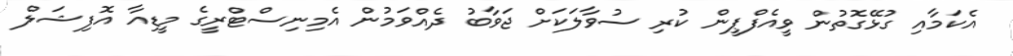
އެކަމާއި ގުޅޭގޮތުން ވީއެފްޕީން ކުރި ސުވާލަކަށް ޖަވާބު ދެއްވަމުން އެމިނިސްޓްރީގެ މީޑިއާ އޮފިޝަލް